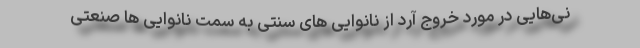
نی‌هایی در مورد خروج آرد از نانوایی های سنتی به سمت نانوایی ها صنعتی